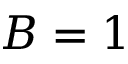
B = 1